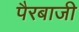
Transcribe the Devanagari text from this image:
पैरबाजी